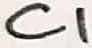
Text: C1